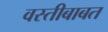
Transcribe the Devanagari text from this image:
वस्तीबाबत